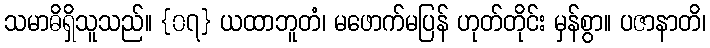
သမာဓိရှိသူသည်။ {၀၇} ယထာဘူတံ၊ မဖောက်မပြန် ဟုတ်တိုင်း မှန်စွာ။ ပဇာနာတိ၊